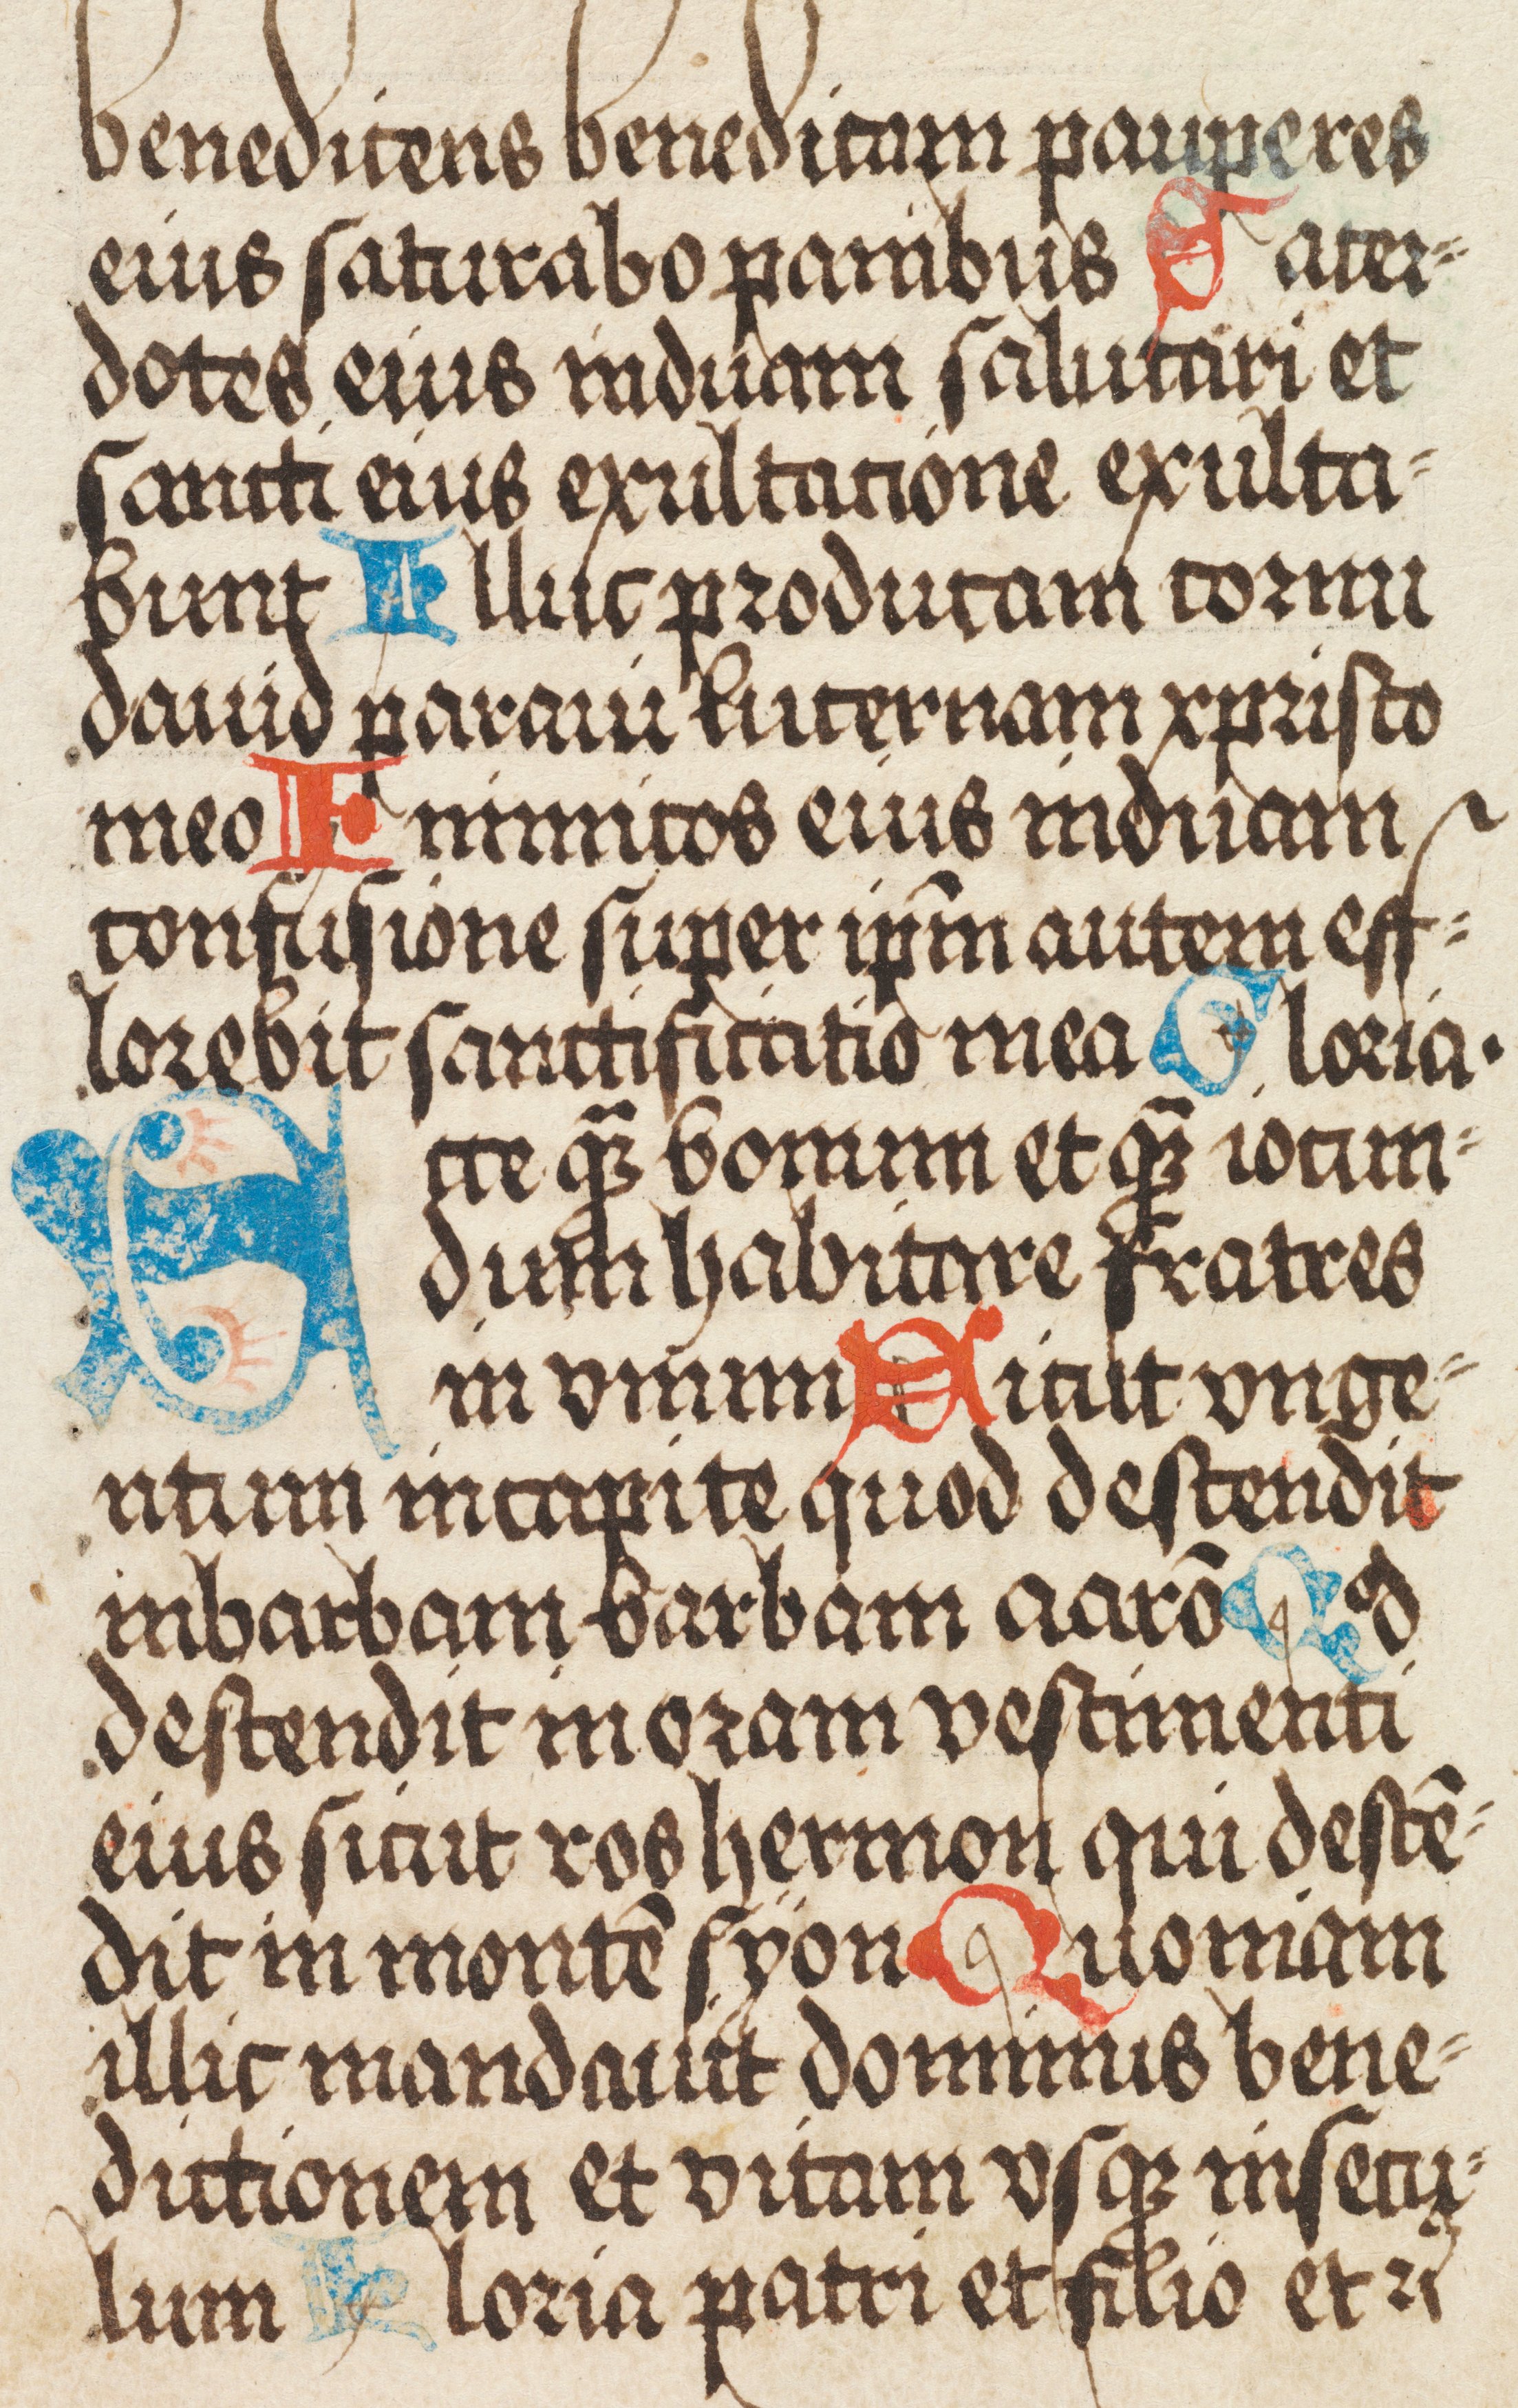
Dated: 1500–1524